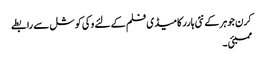
کرن جوہر کے نئی ہارر کامیڈی فلم کے لئے وکی کوشل سے رابطے
ممبئی ۔